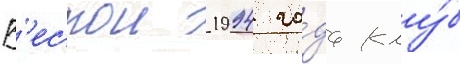
В'еснои 1994 го́да клу́б